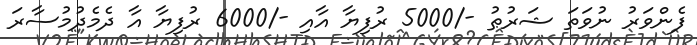
ފެންވަރު ނުވަތަ ޝަރުޠު -/5000 ރުފިޔާ އާއި -/6000 ރުފިޔާ އާ ދެމެދުމުސާރަ